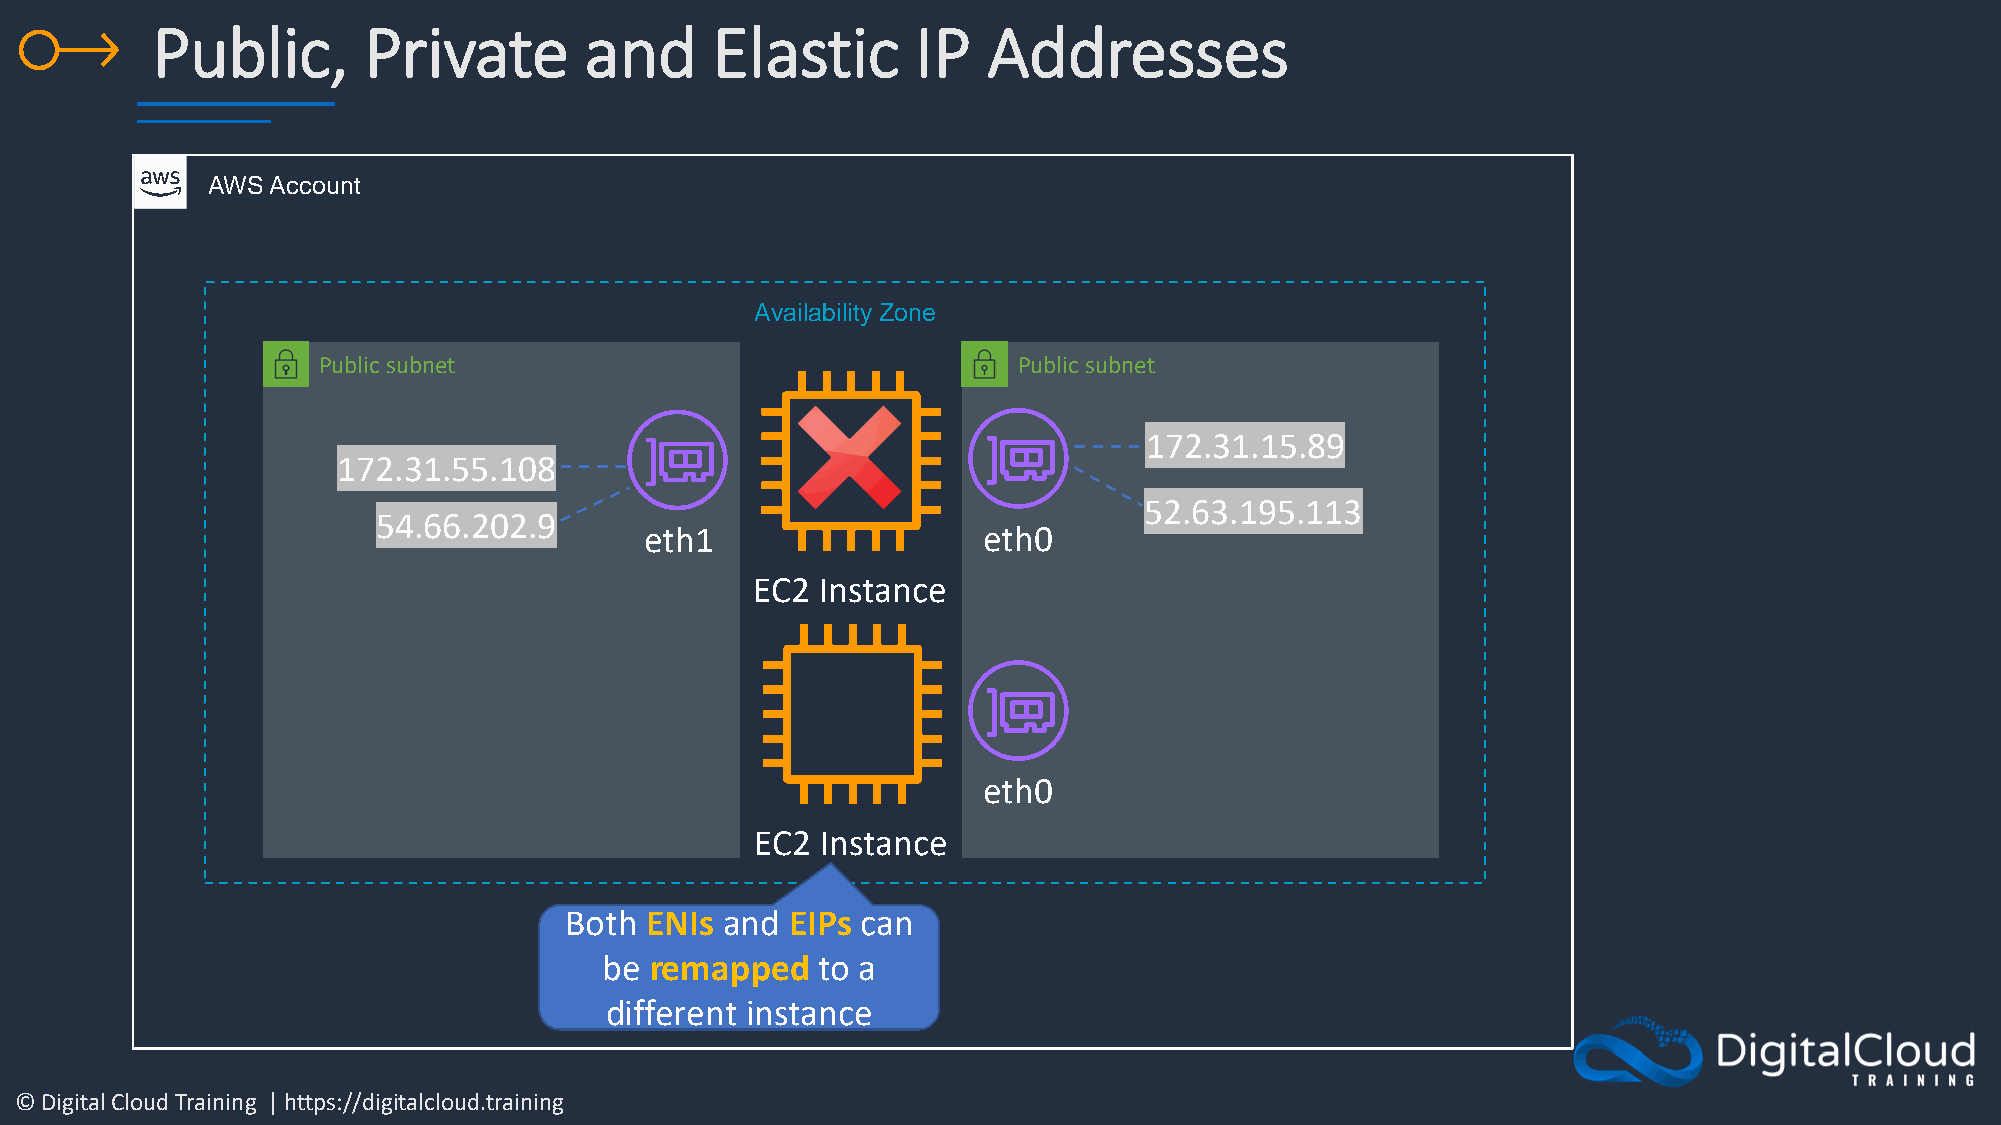
Public,       Private        and     Elastic       IP  Addresses
 AWS Account
 Availability Zone
 Public subnet                                 Public subnet
 172.31.15.89
 172.31.55.108
 52.63.195.113
 54.66.202.9
 eth1                  eth0
 EC2 Instance
 eth0
 EC2 Instance
 Both  ENIs and EIPs can
 be remapped   to a
 different instance
 © Digital Cloud Training | https://digitalcloud.training